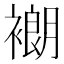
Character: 𬡨